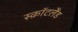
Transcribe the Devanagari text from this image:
स्क़ॉटलैंड